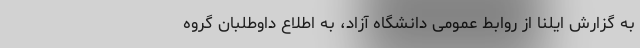
به گزارش ایلنا از روابط عمومی دانشگاه آزاد، به اطلاع داوطلبان گروه